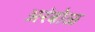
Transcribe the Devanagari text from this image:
अरंबोळ